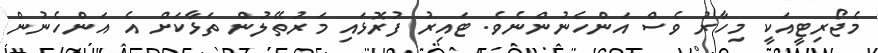
މެޖޯރިޓީއަކީ މިހާރު ވެސް އަންހެނުންނެވެ. ޓައިރު ފުރޮޅައި މަރުތޭލުން ތަޅާކަށް އެ އަންހެނުން